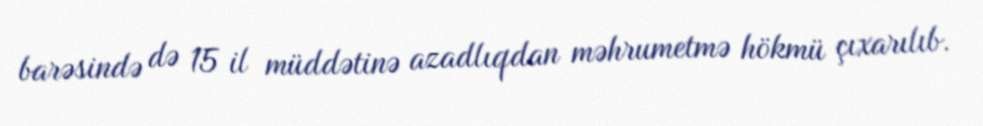
barəsində də 15 il müddətinə azadlıqdan məhrumetmə hökmü çıxarılıb.